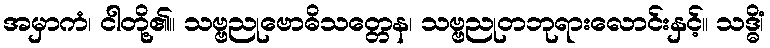
အမှာကံ၊ ငါတို့၏။ သဗ္ဗညုဗောဓိသတ္တေန၊ သဗ္ဗညုတဘုရားလောင်းနှင့်။ သဒ္ဓိံ၊